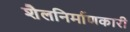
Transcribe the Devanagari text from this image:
शैलनिर्माणकारी